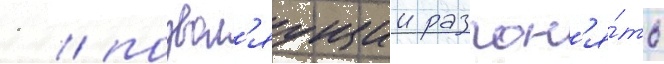
1 / позвол'яущии разгон'я́ть